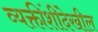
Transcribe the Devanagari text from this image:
व्यक्तींशीदेखील